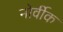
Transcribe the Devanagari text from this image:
नोर्वीक